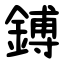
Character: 鎛